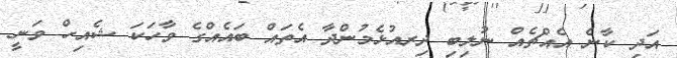
އަދި ކާނެ އެއްޗެއް ނުލިބި ދިރއުޅެމުންދާ އެތައް ބައެއްގެ ވާހަކަ ޝެއިހް ވަނީ